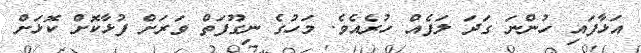
އަޅާފައި ހުންނަ ގަދަ ލަފެއް ހުރެއެވެ. މަހުގެ ނިގޫފަތް ވަރަށް ފުޅާކޮށް ކޮޅަށް